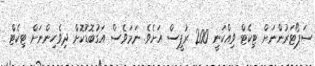
ސަޕޯޓަރުންނަށް ޓިކެޓް ވިއްކަނީ 200 ރުޕީސް އަށެވެ. ނަމަވެސް އަގުބޮޑުކޮށް ދިވެހިންނަށް ޓިކެޓް